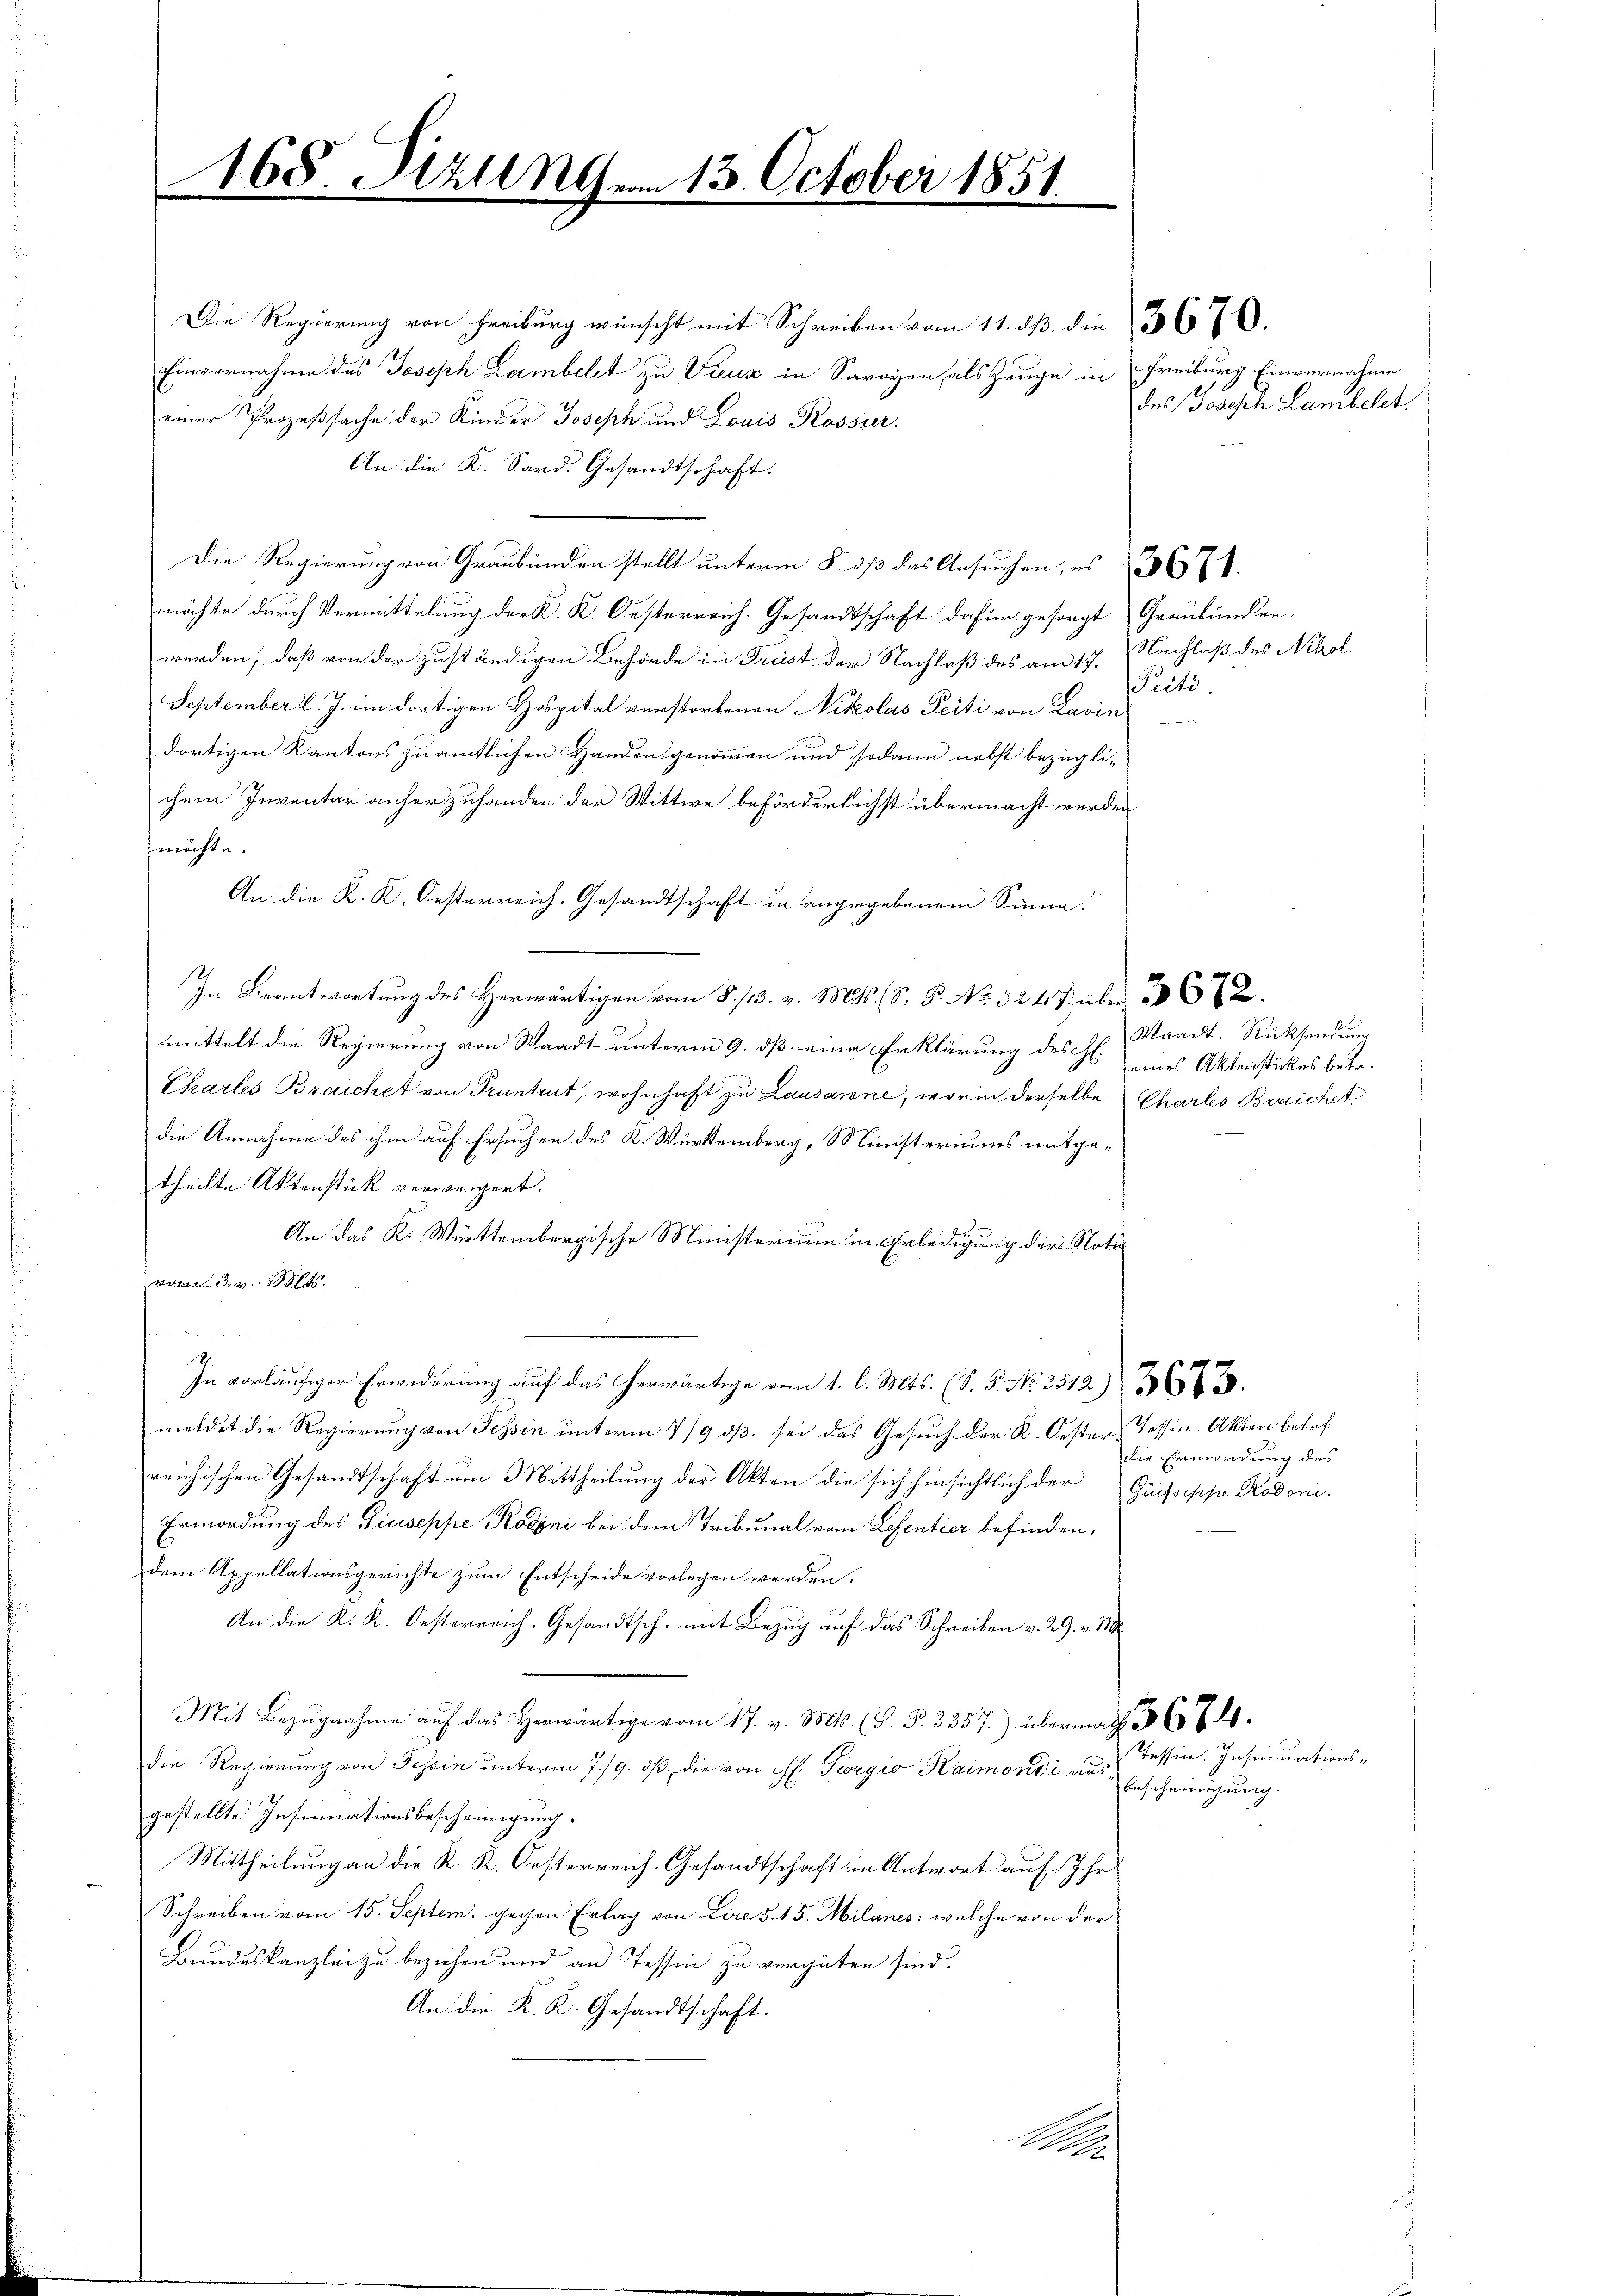
168. Sizungen 13. October 1851
2

Die Regierung von Freiburg wünscht mit Schreiben vom 11. dß. die 3670.
Einvernahme des Joseph Lambelt zu Treuz in Savoyen als Zeuge in Freiburg Einvernahme
einer Prozeßsache der Kinder Joseph und Louis Rossier.
An die K. Sard. Gesandtschaft:
Die Regierung von Graubünden stellt unterm 5. dß das Ansuchen, es 36 x
möchte durch Vermittelung der K. K. Oesterreich. Gesandtschaft dafür gesorgt Graubünden.
werden, daß von der zuständigen Behörde in Frist der Nachlaß des am 17. Nachlaß des Nikol
September l. J. im dortigen Hospital verstorbenen Nikolas Peiti von Lavin
dortigen Kantons zu amtlichen Handen genommen und sodann nebst bezüglichem Inventar anher zufanden der Wittwe beförderlichst übermacht werden
möchte.
An die K. K. Oesterreich. Gesandtschaft in angegebenem Sinne.
In Beantwortung des Herwärtigen vom 8./13. v. Mts. S. P. No 3247, über 362.
mittelt die Regierung von Waadt unterm 9. dß eine Erklärung des H. eines Aktenstückes betr.
Chartes Braicher von Pruntrut, wohnhaft zu Lausanne, worin derselbe Charls Braichet,
die Annahme des ihm auf Ersuchen des K. Würtemberg, Ministeriums mitgetheilte Aktenstück verweigert.
An das K. Württembergische Ministerium in Erledigung der Noti
vom 3. v. 1854.
In vorläufiger Erwiderung auf das erwärtige vom 1. l. Mts. (S. P. No. 3512).
meldet die Regierung von Tessin unterm 7/9 dß sei das Gesuch der K. Oester Tessin. Akten betrefreichischen Gesandtschaft um Mittheilung der Akten die sich hinsichtlich der Grüssepp Rodoni.
Ermordung des Giuseppe Rodoni bei dem Tribunal vom Lesentier befinden,
dem Appellationsgerichte zum Entscheide vorlegen werden.
An die K. K. Oesterreich, Gesandtsch. mit Bezug auf das Schreiben v. 29. v. M.
M a das erwärtig vom 17. v. Mts. (§. §. 3357) übermach 3 6 7 l.
die Regierung von Tessin unterm 7./9. ds. die von ist. Virgio Kaimondi ausgestellte Insinuationsbescheinigung.
Mittheilung an die K. K. Oesterreich. Gesandtschaft in Antwort auf Ihr
Schreiben vom 15. Septem. gegen Erlag von Lire 5. 15. Milanes: welche von der
Bundeskanzlei zu beziehen und an Tessin zu vergüten sind.
An die K. K. Gesandtschaft.
A

des Joseph Lambelt.

Peiti

Waadt. Rücksendung

die Ermordung des

Tessin. Insinuations-
bescheinigung